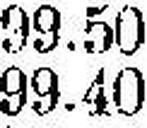
99.40